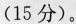
（15分）